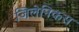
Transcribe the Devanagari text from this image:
जिलेनिकस